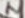
Text: 2